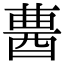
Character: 𨠷